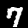
Label: 7